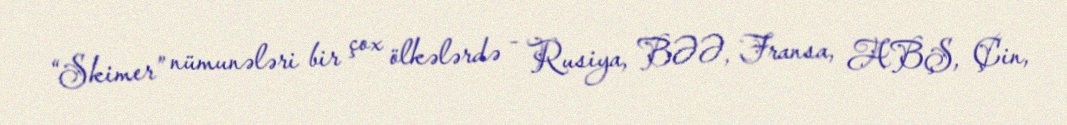
“Skimer” nümunələri bir çox ölkələrdə - Rusiya, BƏƏ, Fransa, ABŞ, Çin,